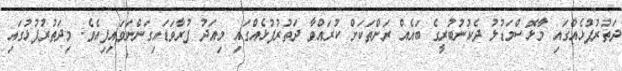
ދަތުރުފުޅެއްގައި މާޅޮސްމަޑުލު ދެކުނުބުރީގެ ބައެއް ރަށްތަކަށް ކުރައްވާ ދަތުރުފުޅެއްގައި މިއަދު ފުރާވަޑައިގަންނަވައިފިއެވެ. މިދަތުރުފުޅުގައި